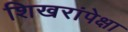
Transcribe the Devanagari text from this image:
शिखरांपेक्षा